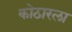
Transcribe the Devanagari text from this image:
कोठारला